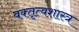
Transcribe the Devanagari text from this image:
वक्‍तृत्वशास्त्र